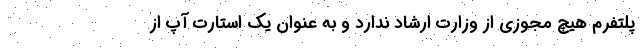
پلتفرم هیچ مجوزی از وزارت ارشاد ندارد و به عنوان یک استارت‌ آپ از